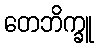
တေဘိက္ခူ